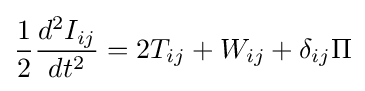
{\frac {1}{2}}{\frac {d^{2}I_{ij}}{dt^{2}}}=2T_{ij}+W_{ij}+\delta _{ij}\Pi